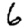
Digit: 6